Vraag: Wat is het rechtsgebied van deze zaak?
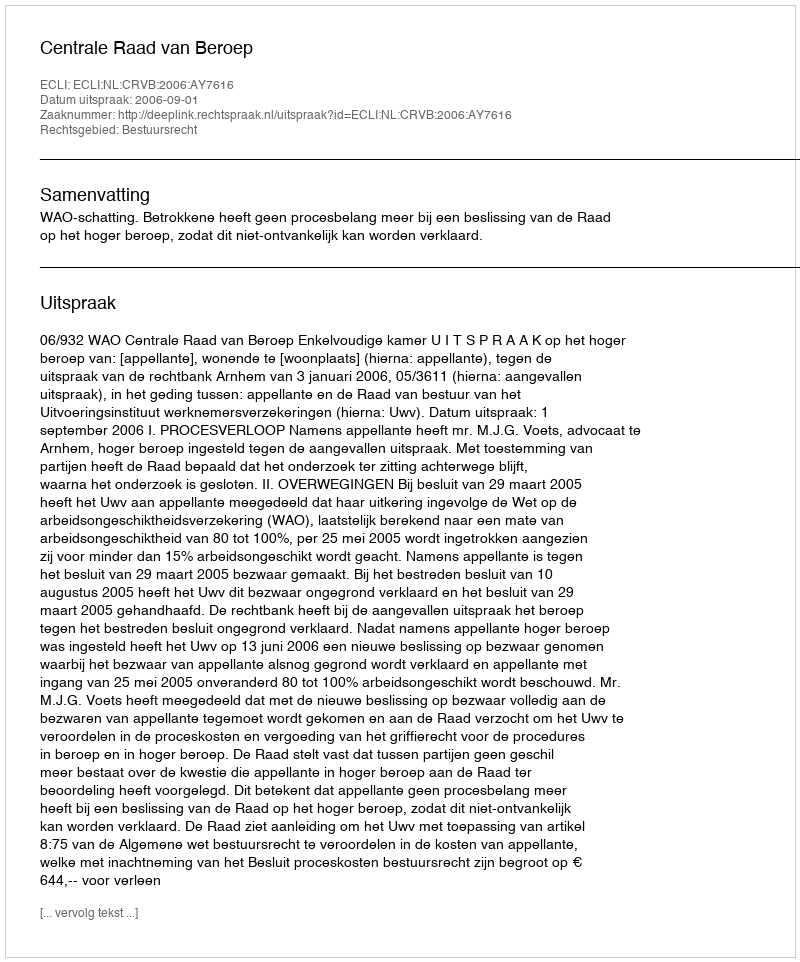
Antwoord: Bestuursrecht